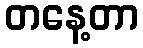
တနေ့တာ